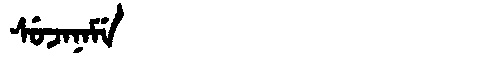
Manchu: ᠰᡠᠵᠠᠨᠠᠮᡝ
Romanization: SUJANAME